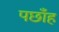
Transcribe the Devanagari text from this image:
पछाँह